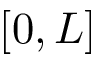
[ 0 , L ]